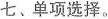
七、单项选择。